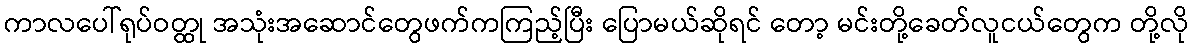
ကာလပေါ်ရုပ်ဝတ္ထု အသုံးအဆောင်တွေဖက်ကကြည့်ပြီး ပြောမယ်ဆိုရင် တော့ မင်းတို့ခေတ်လူငယ်တွေက တို့လို